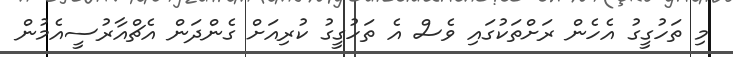
މި ތަހުގީގު އެހެން ރަށްތަކުގައި ވެސް އެ ތަހުގީގު ކުރިއަށް ގެންދަން އެޗްއާރުސީއެމުން